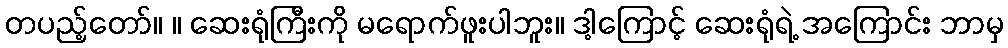
တပည့်တော်။ ။ ဆေးရုံကြီးကို မရောက်ဖူးပါဘူး။ ဒါ့ကြောင့် ဆေးရုံရဲ့ အကြောင်း ဘာမှ